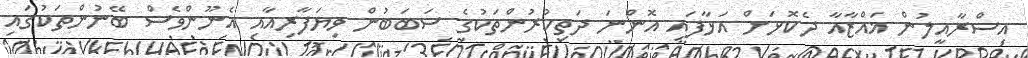
އިސްރާއީލުން ޣައްޒާއާ ދެކޮޅަށް އަޅާފައި އޮންނަ ދަތިކުރުންތަކުގެ ސަބަބުން ވިޔަފާރިއާއި އެނޫންވެސް ބޭނުންތަކުގައި